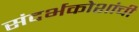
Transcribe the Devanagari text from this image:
संदर्भकोशांची